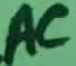
Text: AC